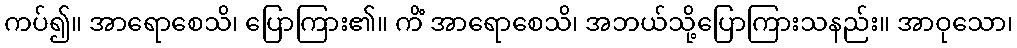
ကပ်၍။ အာရောစေသိ၊ ပြောကြား၏။ ကိံ အာရောစေသိ၊ အဘယ်သို့ပြောကြားသနည်း။ အာဝုသော၊